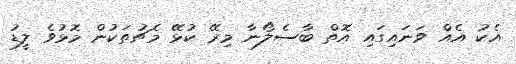
އެކު އެއް ވަނައިގައި އޮތް ބާސެލޯނާ މިރޭ ކުޅޭ މެޗުތަކުން މޮޅުވެ ލީޑު